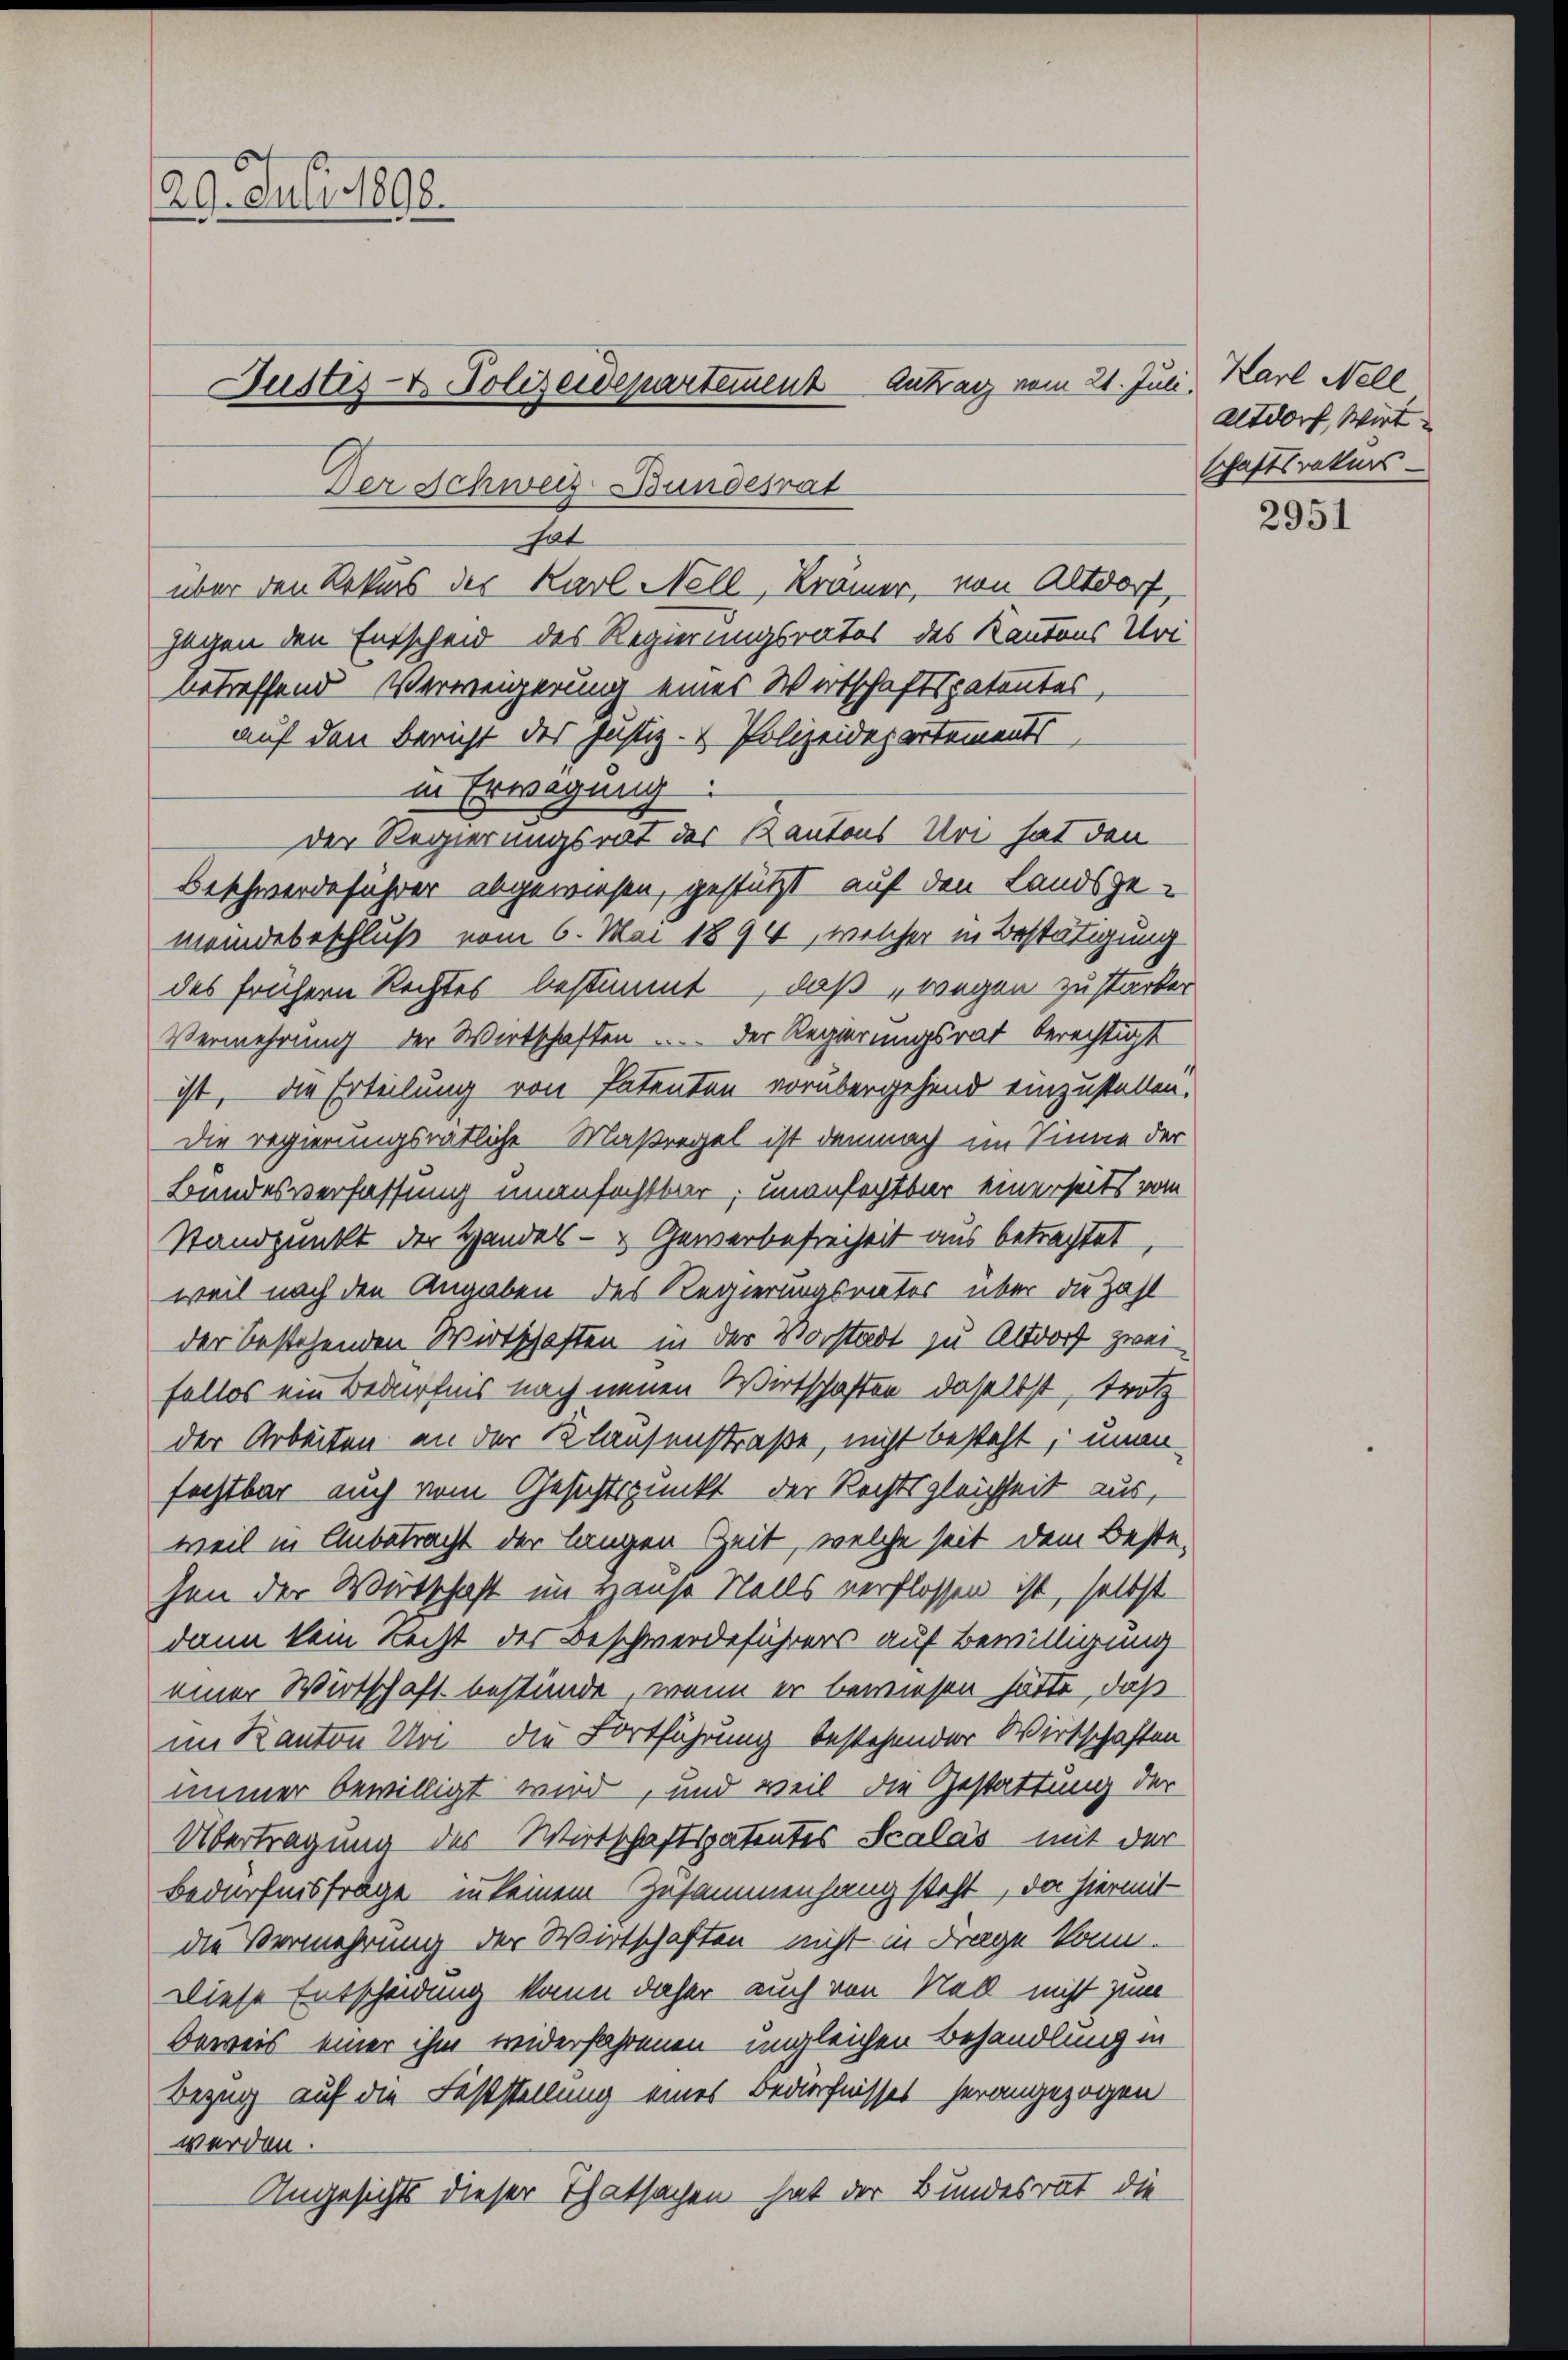
29. Juli 1898.
Fustes- & Polizeidepartement Antrag vom 21. Juli.
Der Schweiz Bundesrat

hat
über den Rekurs des Karl Nell, Krämer, von Altdorf,

gegen den Entscheid des Regierungsrates des Kantons Uri-
betreffend Verweigerung eines Wertschaftspatentes,
auf den Bericht des Justiz- & Polizeidepartements
in Erwägung:
der Regierungsrat des Kantons Uri hat den
Beschwerdeführer abgewiesen, gestützt auf den Landsgemeindebeschluß vom 6. Mai 1894, welcher in Bestätigung
des frühern Rechtes bestimmt, daß wegen Zustarker
Vermehrung der Wirtschaften .... Der Regierungsrat berechtigt
ist, die Erteilung von Patenten vorübergehend einzustellen.
Die regierungsrätliche Maßregel ist demnach im Sinne der
Bundesverfassung unanfechtbar, unanfechtbar einerseits vom
Standpunkt der Handels- & Gewerbefreiheit aus betrachtet
weil nach den Angaben des Regierungsrates über die Zahl
der bestehenden Wirtschaften in der Vorstadt zu Altdorf zwei
fellos ein Bedürfnis nach neuen Wirtschaften daselbst, trotz
der Arbeiten an der Klausenstraße, nicht besteht, unan-
fechtbar auch vom Gesichtspunkt der Rechtsgleichheit aus,
weil in Anbetracht der langen Zeit, welche seit dem Beste-
hen der Wirtschaft im Hause Stalls verflossen ist, selbst
dann kein Recht des Beschwerdeführers auf Bewilligung
einer Wirtschaft bestände, wenn er bewiesen hätte, daß
im Kanton Uri die Fortführung bestehender Wirtschaften
immer bewilligt wird, und weil die Gestattung der
Übertragung der Wirtschaftspatentes Scalas mit der
Bedürfnisfrage in keinem Zusammenhang steht, da hiermit
die Vermehrung der Wirtschaften nicht in Frage kann.
Diese Entscheidung kann daher auch von Nall nicht zum
Beweis einer ihm widerfahrenen ungleichen Behandlung in
Bezug auf die Feststellung eines Bedürfnisses herangezogen
werden.
Angesichts dieser Thatsachen hat der Bundesrat die

Karl Nell
Altdorf, Wirt
schaftsrekurs-

2951